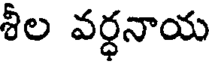
శీల వర్ధనాయ